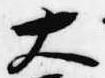
大